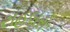
રાહબરો